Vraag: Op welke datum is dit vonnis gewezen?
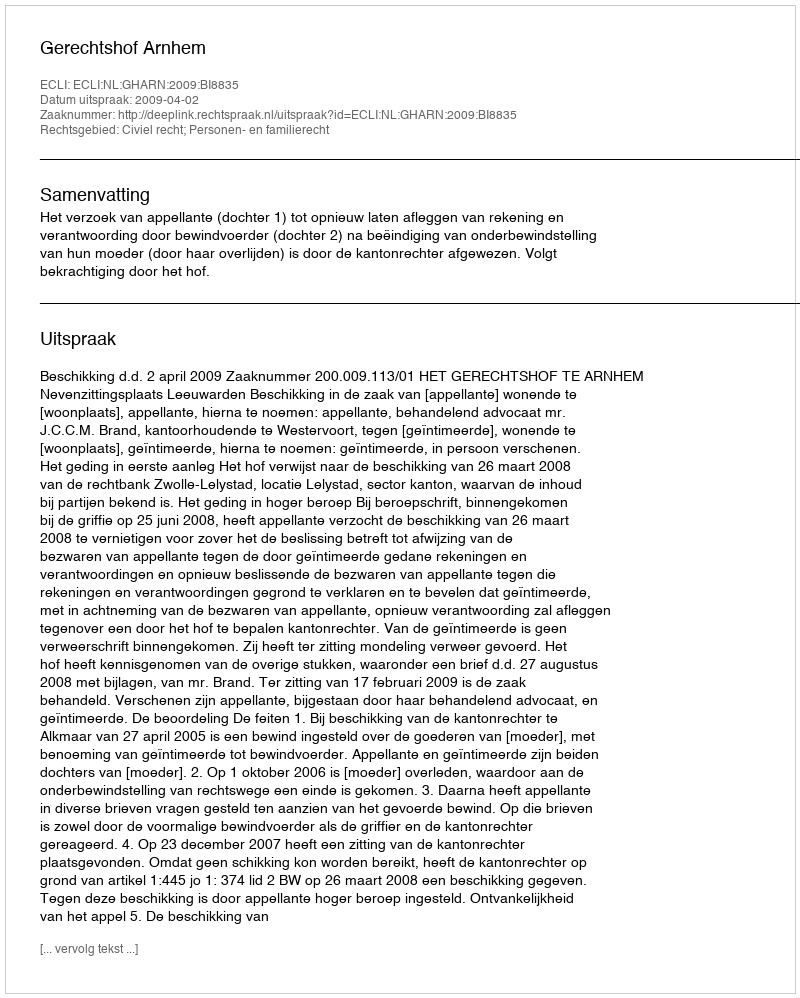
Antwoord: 2009-04-02